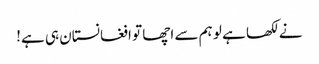
نے لکھا ہے لو ہم سے اچھا تو افغانستان ہی ہے!